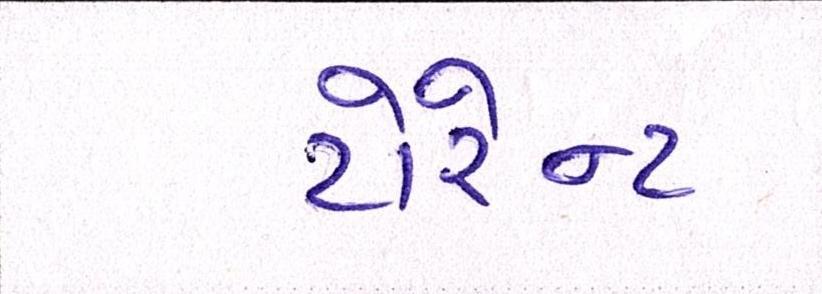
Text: ટોરેન્ટ